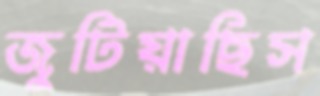
জুটিয়াছিস